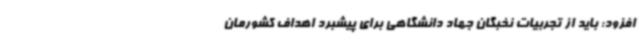
افزود: باید از تجربیات نخبگان جهاد دانشگاهی برای پیشبرد اهداف کشورمان